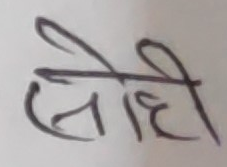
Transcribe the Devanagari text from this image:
सेही